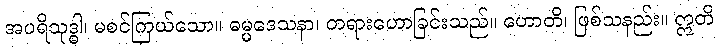
အပရိသုဒ္ဓါ၊ မစင်ကြယ်သော။ ဓမ္မဒေသနာ၊ တရားဟောခြင်းသည်။ ဟောတိ၊ ဖြစ်သနည်း။ ဣတိ